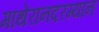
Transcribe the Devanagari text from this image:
माथेरानदरम्यान